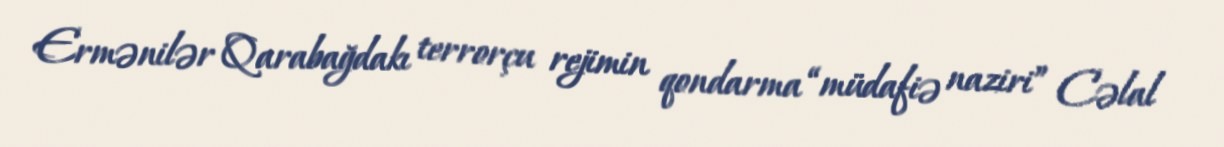
Ermənilər Qarabağdakı terrorçu rejimin qondarma “müdafiə naziri” Cəlal